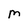
Character: M